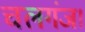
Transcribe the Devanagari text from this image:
चलगंज।